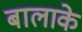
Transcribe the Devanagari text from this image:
बालाके